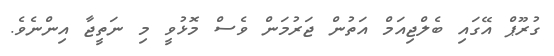
ގުރޫޕް އޭގައި ބެލްޖިއަމް އަތުން ޖަރުމަން ވެސް މޮޅުވީ މި ނަތީޖާ އިންނެވެ.